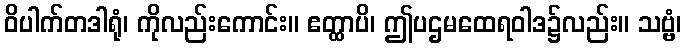
ဝိပါက်တဒါရုံ၊ ကိုလည်းကောင်း။ ဧတ္ထာပိ၊ ဤပဌမထေရဝါဒ၌လည်း။ သဗ္ဗံ၊